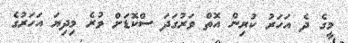
މީގެ ދެ އަހަރު ކުރިން އޮތް ވަރުގަދަ ސްކޮޑަށް ވުރެ މިދިޔަ އަހަރުގެ